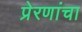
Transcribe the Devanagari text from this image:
प्रेरणांचा